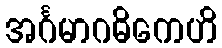
အင်္ဂမာဂဓိကေဟိ